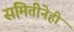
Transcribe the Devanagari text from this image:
समितीनेही